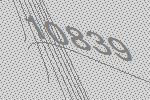
10839